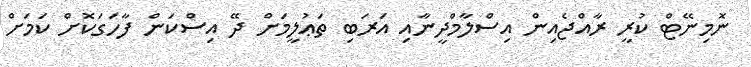
ނޮމިނޭޓް ކުރީ ރާއްޖެއިން އިސްލާމްދީނާއި އަރަބި ތަޢުލީމަށް ދޭ އިސްކަން ފާހަގަކޮށް ކަމަށް